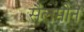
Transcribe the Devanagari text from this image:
सैलमोन